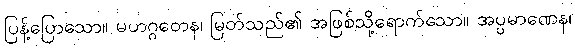
ပြန့်ပြောသော။ မဟဂ္ဂတေန၊ မြတ်သည်၏ အဖြစ်သို့ရောက်သော။ အပ္ပမာဏေန၊